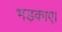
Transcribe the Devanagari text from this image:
भड़काए।